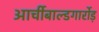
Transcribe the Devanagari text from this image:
आर्चीबाल्डगार्रोड़